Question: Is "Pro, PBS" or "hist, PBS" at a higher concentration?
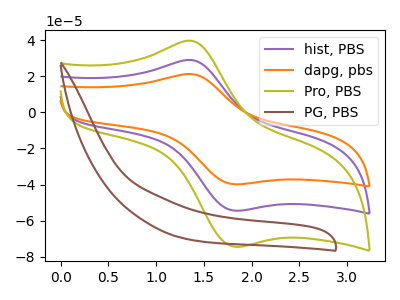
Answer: <think>The purple curve "hist, PBS" has an anodic peak at (1.40V, 28.90uA) and a cathodic peak at (1.80V, -54.50uA). The orange curve "dapg, pbs" has an anodic peak at (1.40V, 57.80uA) and a cathodic peak at (1.80V, -109.00uA). The olive curve "Pro, PBS" has an anodic peak at (1.40V, 39.50uA) and a cathodic peak at (1.80V, -74.50uA). The brown curve "PG, PBS" has no peaks.
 All the peaks in "Pro, PBS" have a peak in "hist, PBS" at the same potential. Every peak in "Pro, PBS" is higher than every peak in "hist, PBS".</think>
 <answer>"Pro, PBS" has more signal than "hist, PBS" and so likely has a higher concentration.</answer>
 <eval>more_concentration</eval>